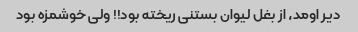
دیر اومد، از بغل لیوان بستنی ریخته بود!! ولی خوشمزه بود